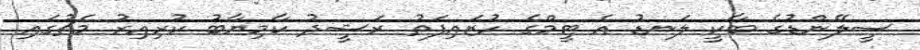
ސީލޭންޑުގެ ބާކީ ލަނޑު އެ ޓީމްގެ ހުޒައިފަތު ރަޝީދު ކާމިޔާބު ކުރިއިރު މެޗުގައި